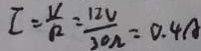
I = \frac { V } { R } = \frac { 1 2 V } { 3 0 \Omega } = 0 . 4 A